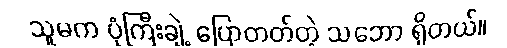
သူမက ပုံကြီးချဲ့ ပြောတတ်တဲ့ သဘော ရှိတယ်။